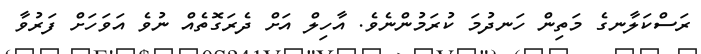
ރަސްކަލާނގެ މަތިން ހަނދުމަ ކުރަމުންނެވެ. އާހިިލް އަށް ދެރަގޮތެއް ނުވެ އަވަހަށް ފަރުވާ